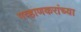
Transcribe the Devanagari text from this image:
गव्हाणकरांच्या